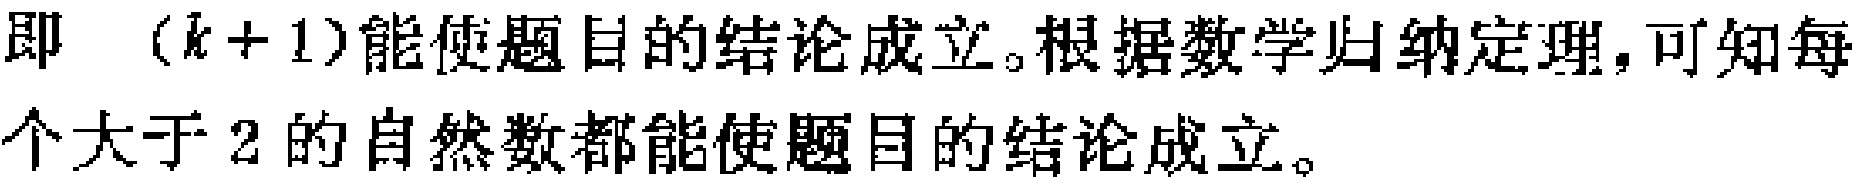
即 \((k + 1)\)能使题目的结论成立。根据数学归纳定理，可知每个大于 \(2\) 的自然数都能使题目的结论成立。